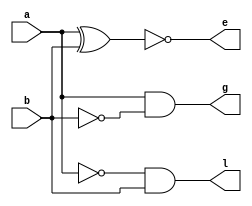
`timescale 1ns / 1ps

module OneBitComparator(
    output g,
    output e,
    output l,
    input a,
    input b
    );

assign g = a & ~b;
assign e = ~(a ^ b);
assign l = ~a & b;

endmodule